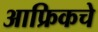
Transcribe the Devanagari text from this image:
आफ्रिकचे